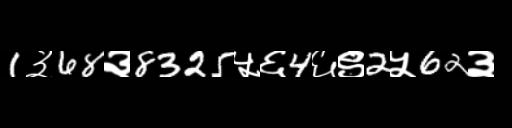
Text: 1३68३8325५६4६९2५62३